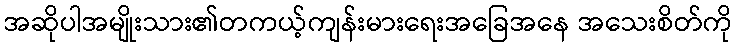
အဆိုပါအမျိုးသား၏တကယ့်ကျန်းမားရေးအခြေအနေ အသေးစိတ်ကို